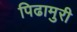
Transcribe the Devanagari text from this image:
पिढामुरी